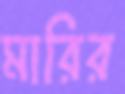
মারির